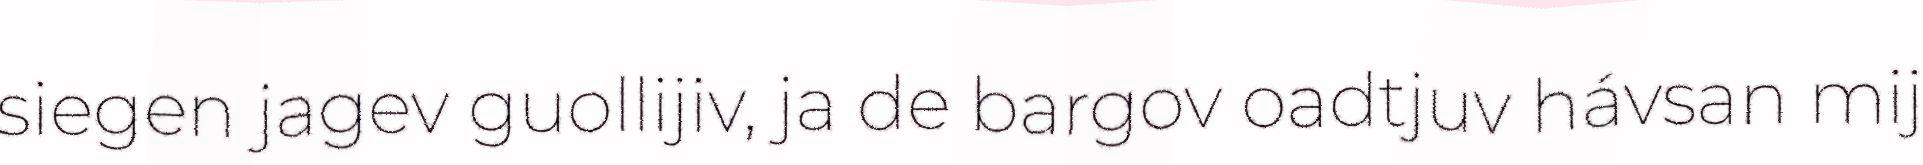
siegen jagev guollijiv, ja de bargov oadtjuv hávsan mij